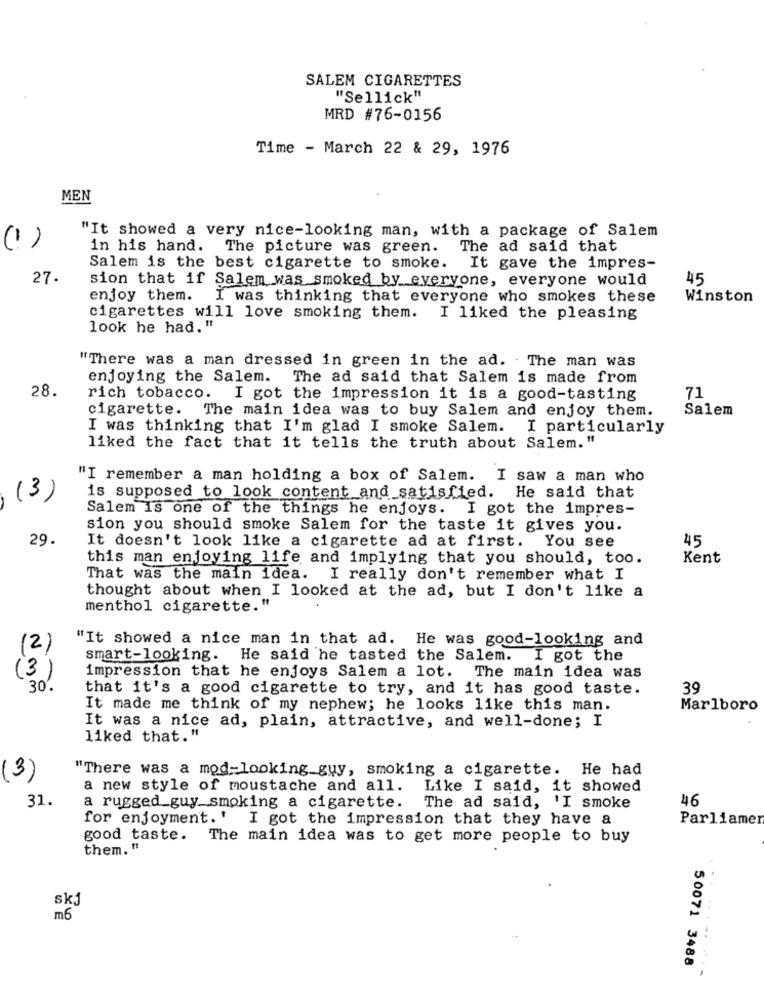
SALEM CIGARETTES
"Sellick"
MRD #76-0156
Time - March 22 & 29, 1976
MEN
"It showed a very nice-looking man, with a package of Salem
(1)
in his hand. The picture was green. The ad said that
Salem is the best cigarette to smoke. It gave the impres-
27.
sion that if Salem was smoked by everyone, everyone would
45
enjoy them.
I was thinking that everyone who smokes these
Winston
cigarettes will love smoking them. I liked the pleasing
look he had. "
"There was a man dressed in green in the ad. . The man was
enjoying the Salem. The ad said that Salem is made from
28.
rich tobacco.
I got the impression it is a good-tasting
71
cigarette. The main idea was to buy Salem and enjoy them.
Salem
I was thinking that I'm glad I smoke Salem. I particularly
liked the fact that it tells the truth about Salem."
"I remember a man holding a box of Salem. I saw a man who
(3)
is supposed to look content and satisfied. He said that
Salem is one of the things he enjoys. I got the impres-
sion you should smoke Salem for the taste it gives you.
29.
45
It doesn't look like a cigarette ad at first. You see
this man enjoying life and implying that you should, too.
Kent
That was the main idea. I really don't remember what I
thought about when I looked at the ad, but I don't like a
menthol cigarette."
"It showed a nice man in that ad. He was good-looking and
(2)
smart-looking. He said he tasted the Salem. I got the
(3)
impression that he enjoys Salem a lot. The main idea was
30'.
that it's a good cigarette to try, and it has good taste.
39
It made me think of my nephew; he looks like this man.
Marlboro
It was a nice ad, plain, attractive, and well-done; I
liked that."
"There was a mod-looking guy, smoking a cigarette. He had
(3)
a new style of moustache and all.
Like I said, it showed
31.
46
a rugged guy smoking a cigarette.
The ad said, 'I smoke
for enjoyment. ' I got the impression that they have a
Parliamen
good taste. The main idea was to get more people to buy
them. "
skj
m6
50071 3488
------